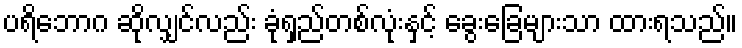
ပရိဘောဂ ဆိုလျှင်လည်း ခုံရှည်တစ်လုံးနှင့် ခွေးခြေများသာ ထားရသည်။